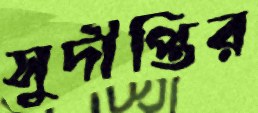
সুদীপ্তির